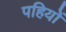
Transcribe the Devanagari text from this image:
पहियोें